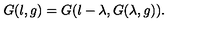
G ( l , g ) = G ( l - \lambda , G ( \lambda , g ) ) .